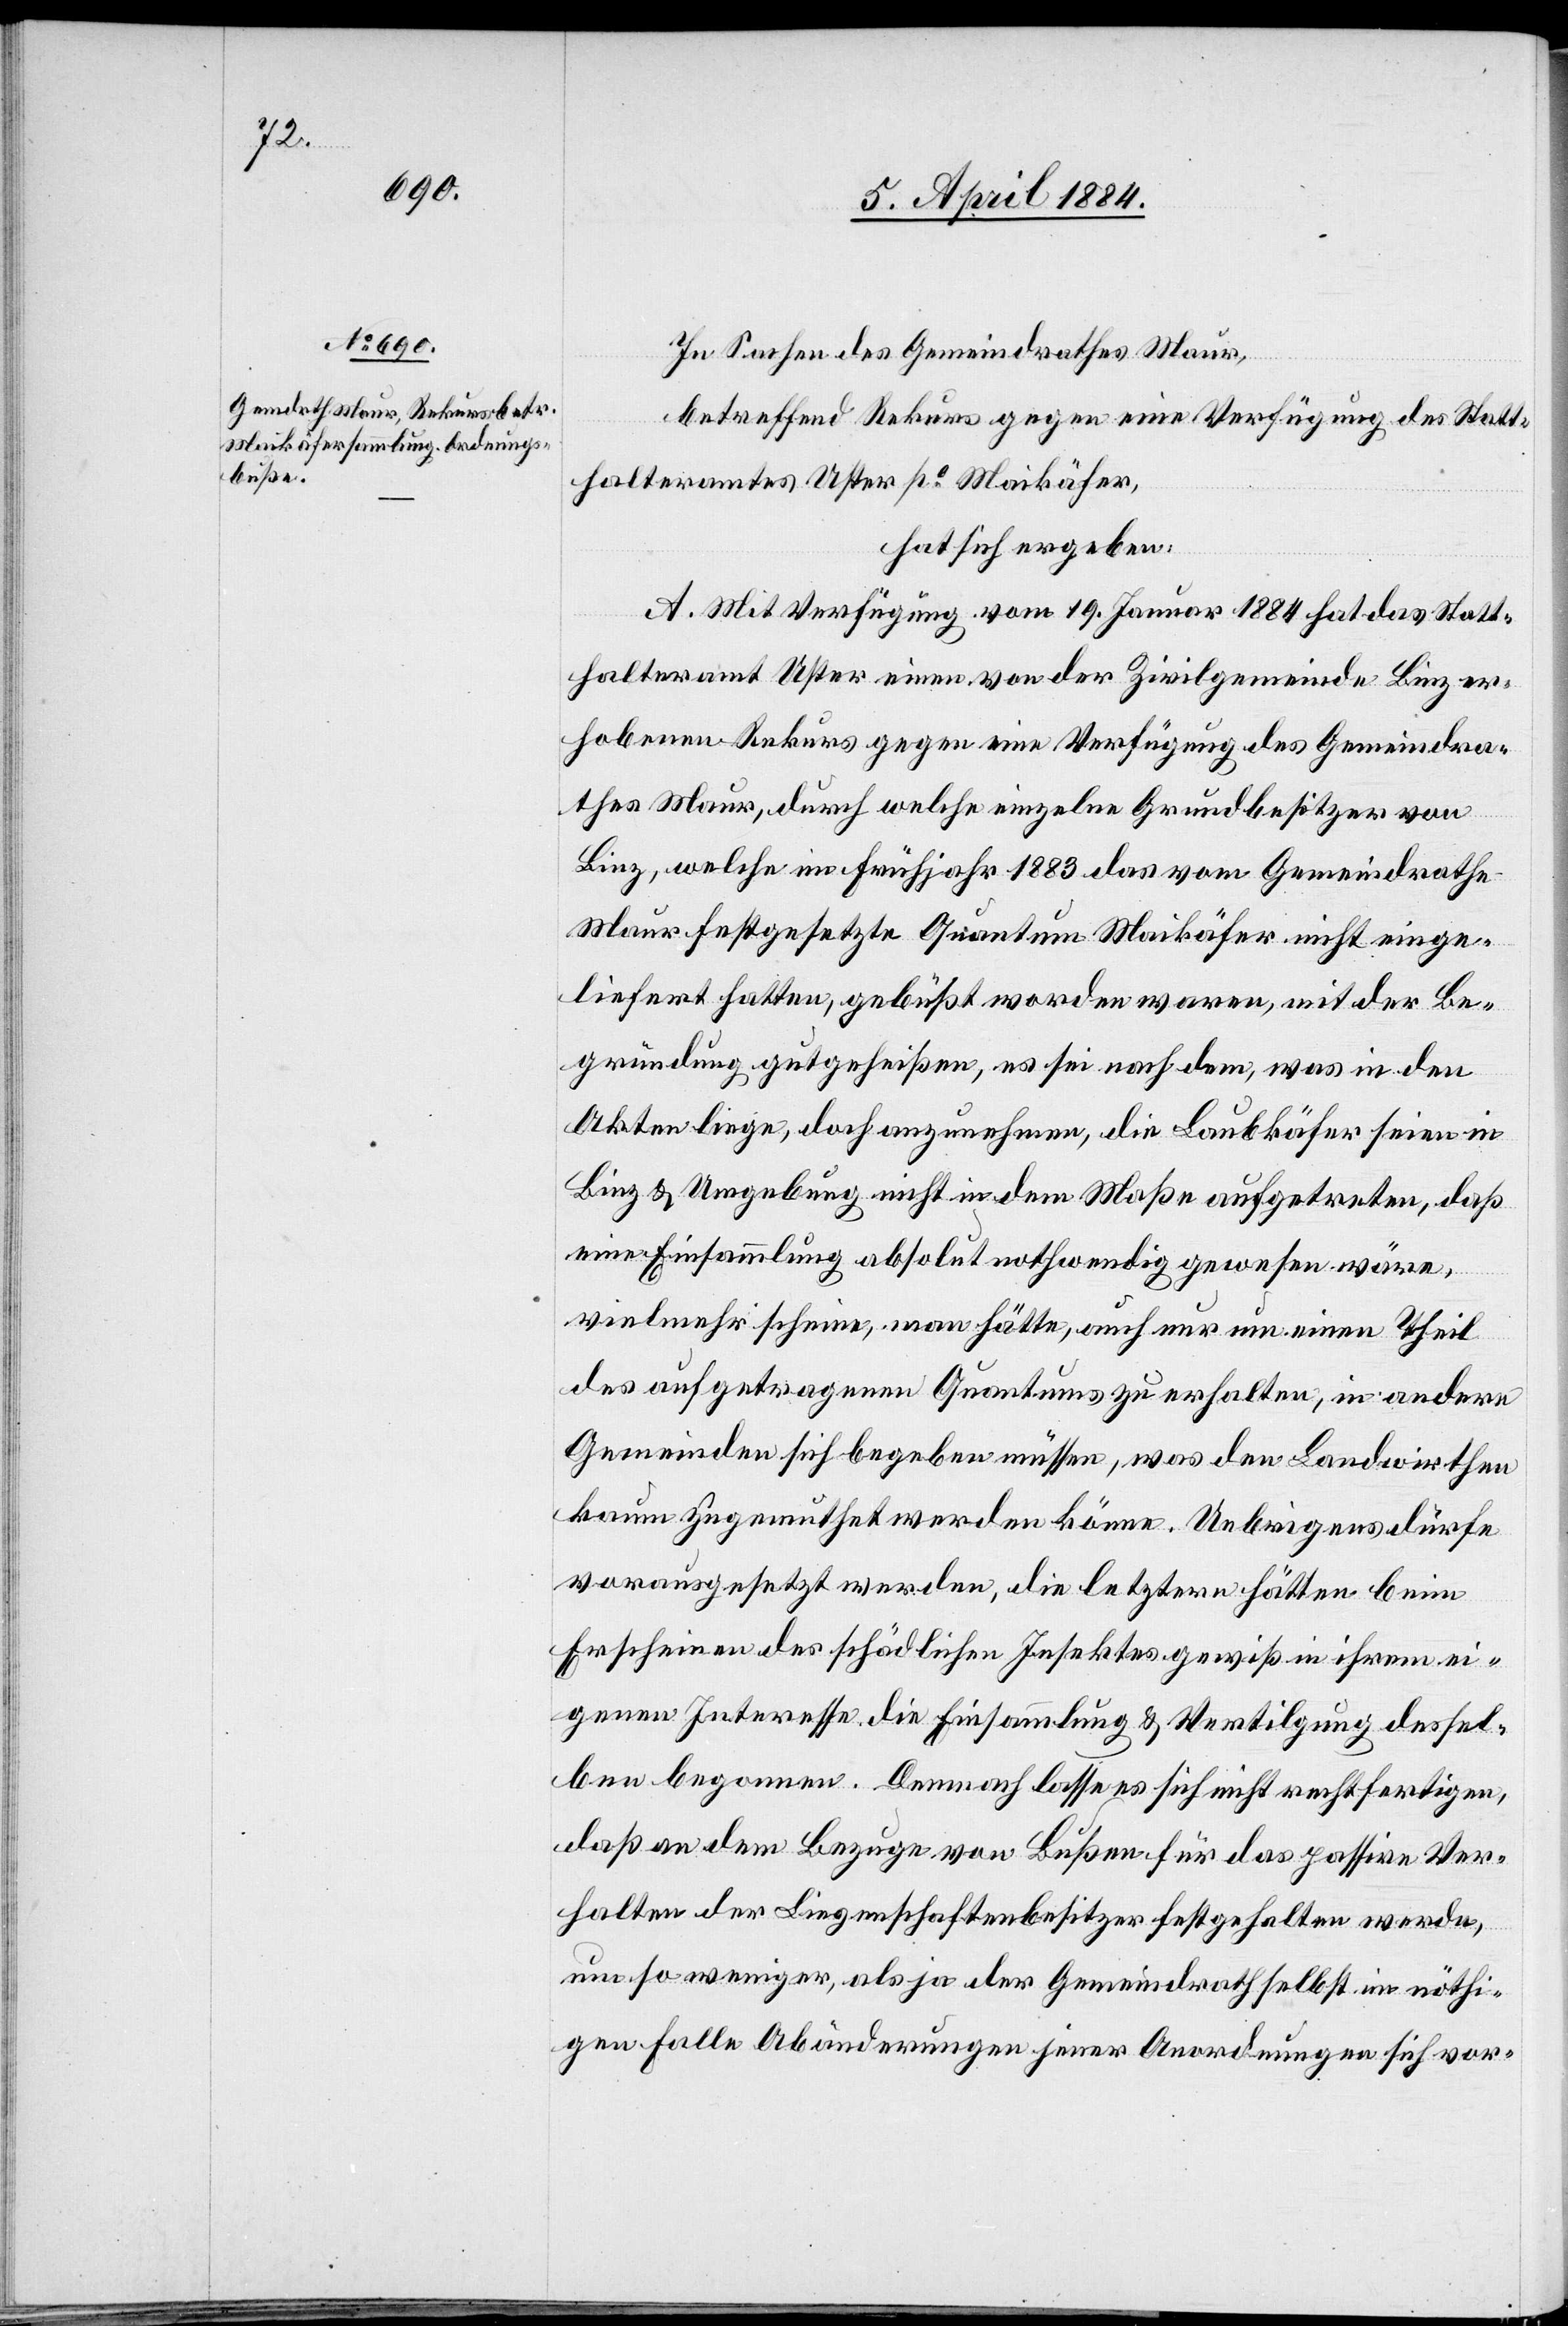
In Sachen des Gemeindrath Maur,
betreffend Rekurs gegen eine Verfügung des Statt¬
halteramtes Uster po Maikäfer,
hat sich ergeben:
A. Mit Verfügung vom 19. Januar 1884 hat das Statt¬
halteramt Uster einen von der Zivilgemeinde Binz er¬
hobenen Rekurs gegen eine Verfügung des Gemeindra¬
thes Maur, durch welche einzelne Grundbesitzer von
Binz, welche im Frühjahr 1883 das vom Gemeindrathe
Maur festgesetzte Quantum Maikäfer nicht einge¬
liefert hatten, gebüßt worden waren, mit der Be¬
gründung gutgeheißen, es sei nach dem, was in den
Akten liege, doch anzunehmen, die Laubkäfer seien in
Binz & Umgebung nicht in dem Maße aufgetreten, daß
eine Einsammlung absolut nothwendig gewesen wäre,
vielmehr scheine, man hätte, auch nur um einen Theil
des aufgetragenen Quantums zu erhalten, in andern
Gemeinden sich begeben müssen, was den Landwirthen
kaum zugemuthet werden könne. Uebrigens dürfe
vorausgesetzt werden, die letztern beim
Erscheinen des schädlichen Insektes gewiß in ihrem ei¬
genen Interesse die Einsammlung & Vertilgung dessel¬
ben begonnen. Demnach lasse es sich nicht rechtfertigen,
daß an dem Bezuge von Bußen für das passive Ver¬
halten der Liegenschaftenbesitzer festgehalten werde,
um so weniger, als ja der Gemeindrath selbst im nöthi¬
gen Falle Abänderungen jener Anordnungen sich vor-